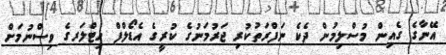
އޭނާގެ ގެއިން މުސްލިމުން ދެކެ ނަފްރަތުކުރި ޖަރުމަނުގެ ކުރީގެ އެޑޯލްފް ހިޓްލަރގެ ވިސްނުމަށް